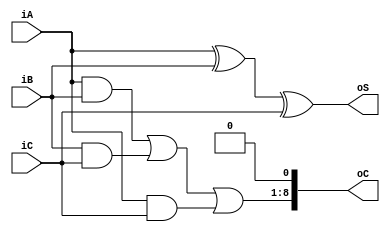
`timescale 1ns / 1ps
//////////////////////////////////////////////////////////////////////////////////
// University: KU Leuven Group T Campus 
// 
// Module Name: carry_save_adder
// Project Name: CDD Project
// Description: 
// 
// Dependencies:
// 
// Additional Comments:
//
// 
//////////////////////////////////////////////////////////////////////////////////


module carry_save_adder
#(
    parameter WIDTH = 8
)
(
    input wire [WIDTH-1:0] iA, iB, iC,
    output wire [WIDTH-1:0] oS,
    output wire [WIDTH:0] oC
);

    assign oS = iA ^ iB ^ iC;
    assign oC = ((iA & iB) | (iB & iC) | (iA & iC)) << 1;
    
endmodule